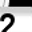
Digit: 2